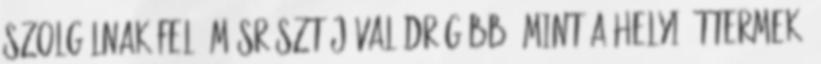
szolgálnak fel, másrészt jóval drágább, mint a helyi éttermek.